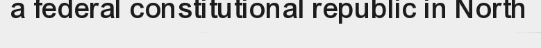
a federal constitutional republic in North